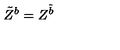
\tilde { Z } ^ { b } = Z ^ { \tilde { b } }